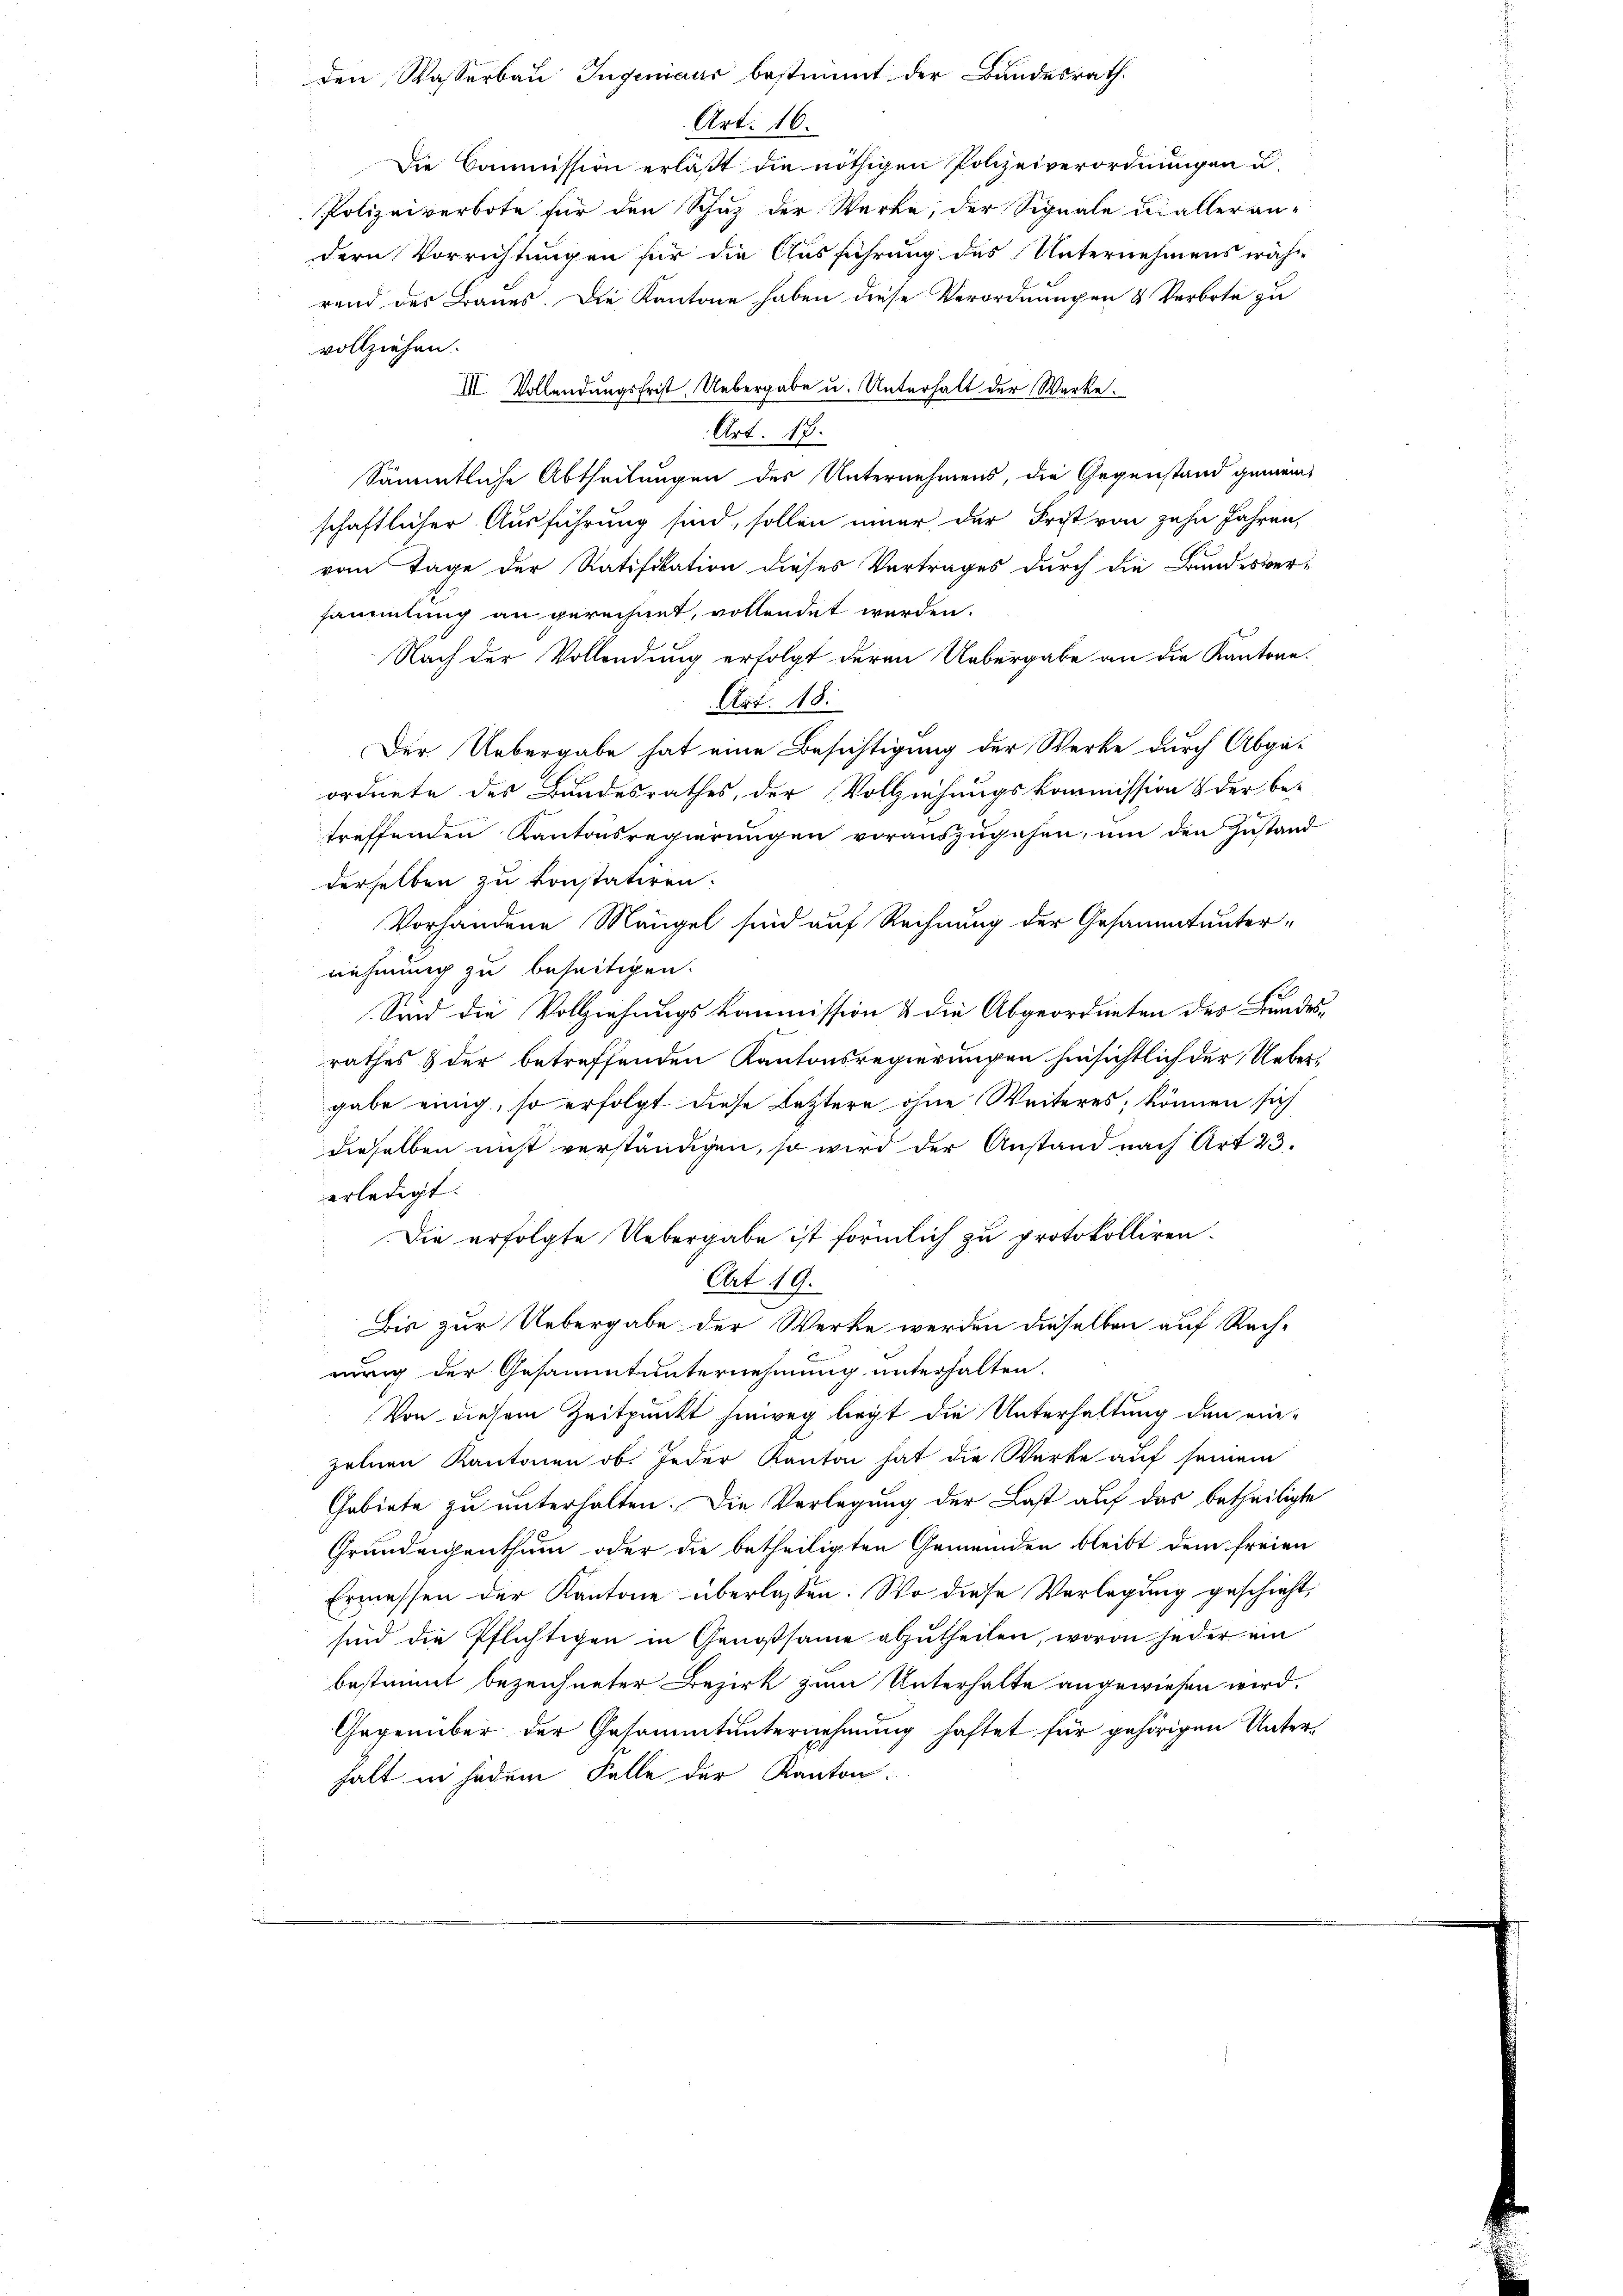
den, Wasserbau Ingenieur bestimmt der Bundesrath
Art. 16.

Die Commission erläßt die nöthigen Polizeiverordnungen u.
Polizeiverbote für den Schutz der Werke, der Signale di alleran-
dern Vorrichtungen für die Ausführung des Unternehmens währ
rend des Baues. Die Kantone haben diese Verordnungen & Verbote zu
vollziehen.
Sämmtliche Abtheilungen des Unternehmens, die Gegenstand gemeinschaftlicher Ausführung sind, sollen iner der Frist von zehn Jahren,
vom Tage der Ratifikation dieses Vertrages durch die Bundesver-
sammlung an gerechnet, vollendet werden.
Nach der Vollendung erfolgt deren Uebergabe an die Kantone.
Art. 18.
Der Uebergabe hat eine Besichtigung der Werke durch Abgaordnete des Bundesrathes, der Vollziehungskommission & der be-
treffenden Kantonsregierungen vorauszugehen, um den Zustand
derselben zu konstatiren.
Vorhandene Mängel sind auf Rechnung der Gesammt unternehmung zu beseitigen.
Sind die Vollziehungskommission & die Abgeordneten des Bundesrathes & der betreffenden Kantonsregierungen hinsichtlich der Uebergabe einig, so erfolgt diese Letztere ohne Weiteres, können sich
dieselben nicht verständigen, so wird der Anstand nach Art 23.
erledigt.
Die erfolgte Uebergabe ist förmlich zu protokolliren.
Art 19.
.
Bis zur Uebergabe der Werke werden dieselben auf Rach-
rurig der Gesammtunternehmung unterhalten.
Von diesem Zeitpunkt hinweg legt die Unterhaltung den einzelnen Kantonen ob. Jeder Kanton hat die Werke auf seinem
Gebiete zu unterhalten. Die Vorlegung der Last auf das betheiligte
Grundeigenthum oder die betheiligten Gemeinden bleibt dem freien
Ermessen der Kantone überlassen. Wo diese Vorlegung geschieht,
sind die Pflichtigen in Genossame abzutheilen, wovon jeder ein
bestimmt bezeichneter Bezirk zum Unterhalte angewiesen wird.
Gegenüber der Gesammtunternehmung haftet für gehörigen Unterhalt in jedem Falle der Kanton:

III. Vollendungsfrist. Uebergabe u. Unterhalt der Werke.
Art. 17.